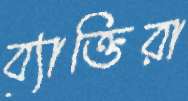
ব্যাক্তিরা